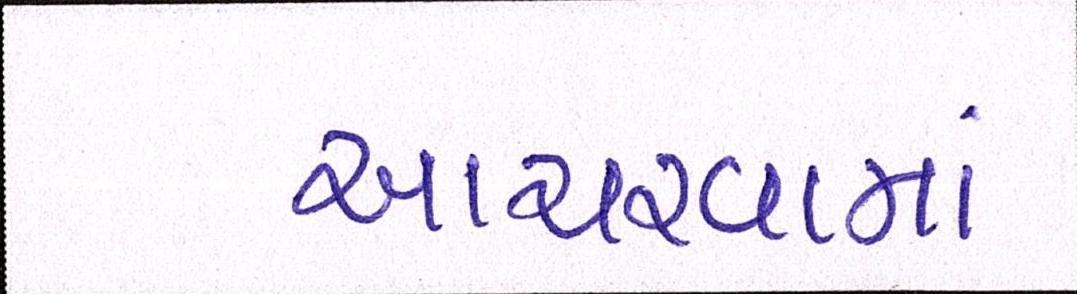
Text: આચરવામાં